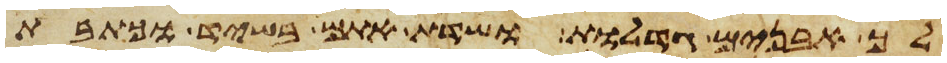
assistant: לך אבנים גדלות ושדת אתם בשיד וכתבת